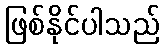
ဖြစ်နိုင်ပါသည်